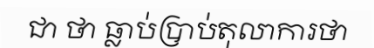
ជា ថា ធ្លាប់ប្រាប់តុលាការថា